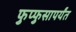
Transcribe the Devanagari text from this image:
फुप्फुसापर्यंत